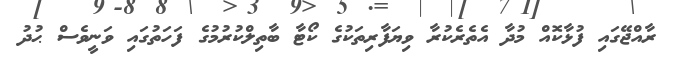
ރާއްޖޭގައި ފުޅާކޮއް މުދާ އެތެރެކުރާ ވިޔަފާރިތަކުގެ ކޯޓާ ބާތިލްކުރުމުގެ ފަހަތުގައި ވަނީވެސް ޙުދު